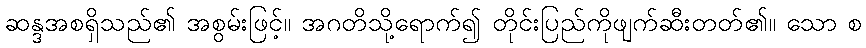
ဆန္ဒအစရှိသည်၏ အစွမ်းဖြင့်။ အဂတိသို့ရောက်၍ တိုင်းပြည်ကိုဖျက်ဆီးတတ်၏။ သော စ